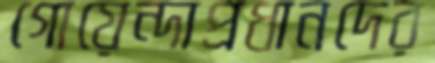
গোয়েন্দাপ্রধানদের